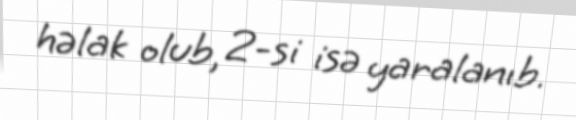
həlak olub, 2-si isə yaralanıb.